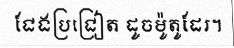
ជែងប្រជ្រៀត ដូចម៉ូតូដែរ។